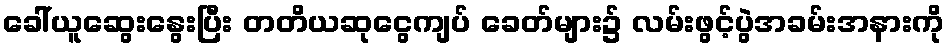
ခေါ်ယူဆွေးနွေးပြီး တတိယဆုငွေကျပ် ခေတ်များ၌ လမ်းဖွင့်ပွဲအခမ်းအနားကို